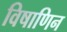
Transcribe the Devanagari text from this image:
विषाणिन